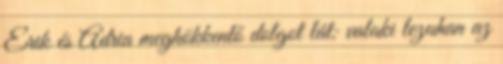
Erik és Adria meghökkentő dolgot lát: valaki lezuhan az